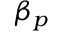
\beta _ { p }